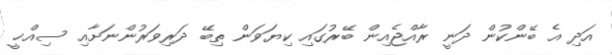
އަދި އެ ބޭންކުން ދަނީ ރާއްޖެއިން ބޭރުގައި ކިޔަވަން ތިބޭ ދަރިވަރުންނަށާއި ސިއްޚީ